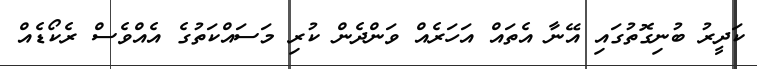
ކަދީރު ބުނިގޮތުގައި އޭނާ އެތައް އަހަރެއް ވަންދެން ކުރި މަސައްކަތުގެ އެއްވެސް ރެކޯޑެއް